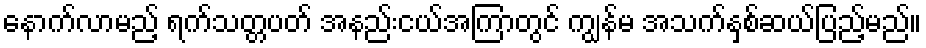
နောက်လာမည့် ရက်သတ္တပတ် အနည်းငယ်အကြာတွင် ကျွန်မ အသက်နှစ်ဆယ်ပြည့်မည်။